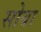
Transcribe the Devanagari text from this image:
सोबा